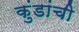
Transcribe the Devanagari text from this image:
कुंडांची